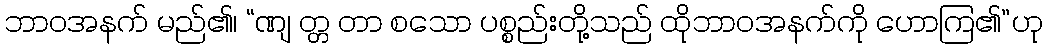
ဘာဝအနက် မည်၏၊ “ဏျ တ္တ တာ စသော ပစ္စည်းတို့သည် ထိုဘာဝအနက်ကို ဟောကြ၏”ဟု